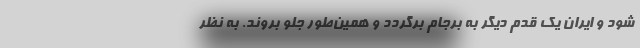
شود و ایران یک قدم دیگر به برجام برگردد و همین‌طور جلو بروند. به نظر